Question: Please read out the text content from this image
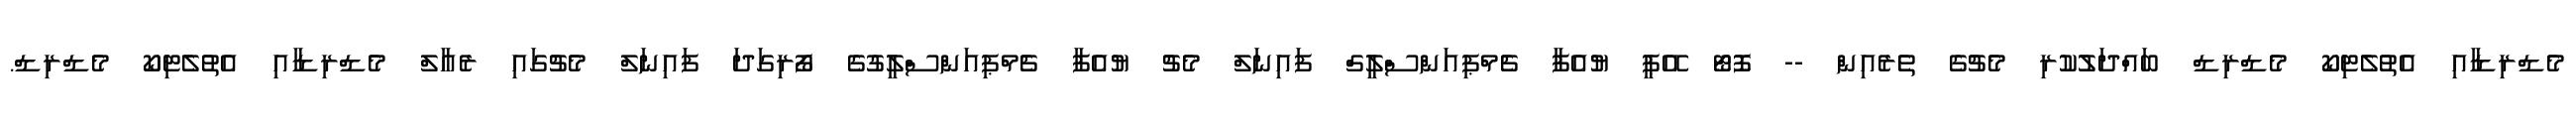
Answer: މެޑްރިޑާއި އެތުލެޓިކޯ މެޑްރިޑް ބައްދަލުކުރި މެޗުގެ ތެރެއިން -- ފޮޓޯ އޭޕީ ޔުއެފާ ޗެމްޕިއަންސްލީގް ފައިނަލް މެޗު ޔުއެފާ ޗެމްޕިއަންސްލީގުގެ ފޯރިގަދަ ފައިނަލް މެޗުގައި ރެއާލް މެޑްރިޑާއި އެތުލެޓިކޯ މެޑްރިޑް.